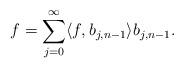
LaTeX: \begin{align*}f=\sum_{j=0}^\infty\langle f,b_{j,n-1}\rangle b_{j,n-1}.\end{align*}